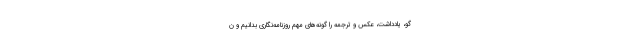
گو، یادداشت، عکس و ترجمه را گونه‌های مهم روزنامه‌نگاری بدانیم و ن